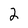
Character: 2